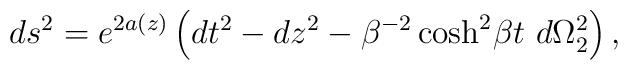
ds^2=e^{2a(z)}\left( dt^2-dz^2 -\beta^{-2}\cosh^2\!\beta t\,\,d\Omega_{2}^{2}\right),